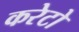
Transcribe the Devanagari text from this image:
करेटो